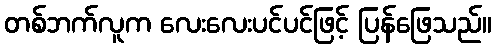
တစ်ဘက်လူက လေးလေးပင်ပင်ဖြင့် ပြန်ဖြေသည်။